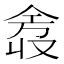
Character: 𫢿